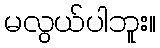
မလွယ်ပါဘူး။